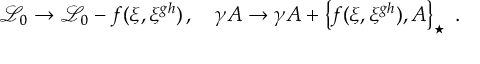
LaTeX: { \mathcal { L } _ { 0 } } \rightarrow { \mathcal { L } _ { 0 } } - f ( \xi , \xi ^ { g h } ) \, , \quad \gamma A \rightarrow \gamma A + \left\{ f ( \xi , \xi ^ { g h } ) , A \right\} _ { \star } \, \, .